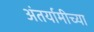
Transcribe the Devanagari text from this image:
अंतर्यामीच्या